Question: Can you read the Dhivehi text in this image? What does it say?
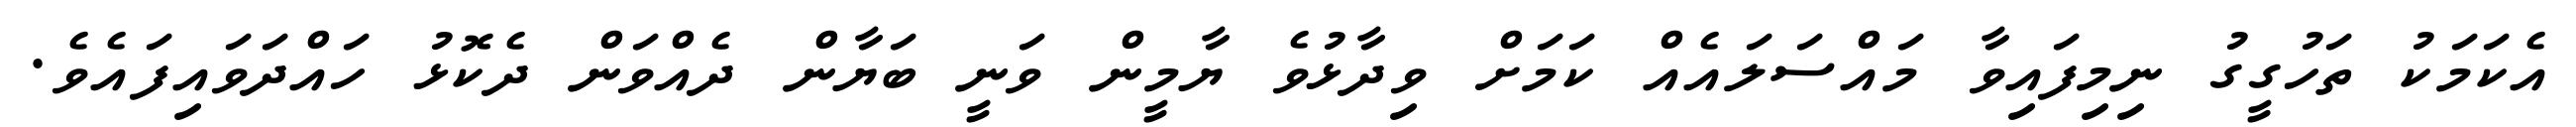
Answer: އެކަމަކު ތަހުގީގު ނިމިފައިވާ މައްސަލައެއް ކަމަށް ވިދާޅުވެ ޔާމީން ވަނީ ބަޔާން ދެއްވަން ދެކޮޅު ހައްދަވައިފައެވެ.